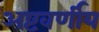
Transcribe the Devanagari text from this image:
अष्टवर्णीय